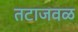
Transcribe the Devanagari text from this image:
तटाजवळ